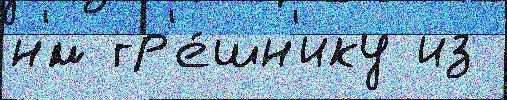
н'́м гр'е́шн'ику из